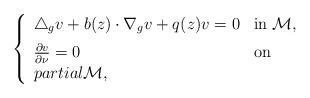
LaTeX: \begin{align*}\left \{ \begin{array}{lll} \triangle_g v+b(z)\cdot\nabla_gv+q(z)v=0 &\mbox{in}\ \mathcal{M},\medskip\\\frac{\partial v}{\partial \nu}=0 &\mbox{on}\\partial\mathcal{M},\end{array}\right.\end{align*}